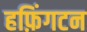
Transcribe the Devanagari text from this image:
हफ़िंगटन